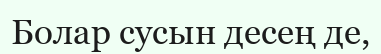
Болар сусын десең де,